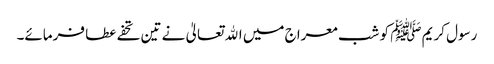
رسول کریم ﷺ کو شب معراج میں اﷲ تعالیٰ نے تین تحفے عطا فرمائے۔